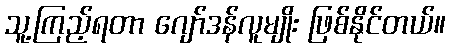
သူ့ကြည့်ရတာ ဂျော်ဒန်လူမျိုး ဖြစ်နိုင်တယ်။